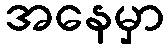
အနေမှာ